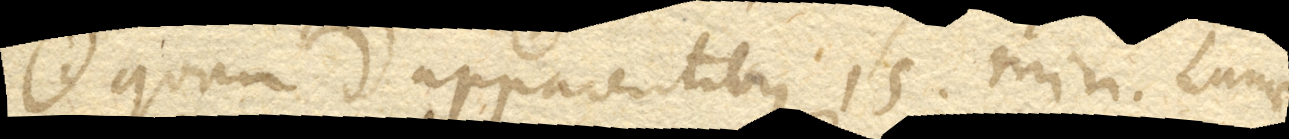
quam apparentibus 15’. min. Lunae